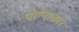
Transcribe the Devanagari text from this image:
योन्याकार